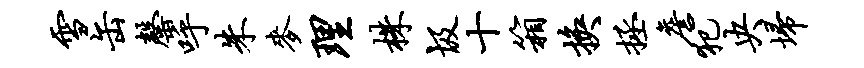
雪缶罄呼朱麦理株圾十箱换拯詹犯央埽